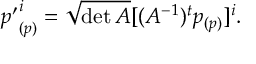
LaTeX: { p ^ { \prime } } _ { ( p ) } ^ { i } = \sqrt { \operatorname * { d e t } A } [ ( A ^ { - 1 } ) ^ { t } p _ { ( p ) } ] ^ { i } .